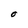
Character: O